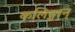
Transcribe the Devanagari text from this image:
कलिङ्गान्‌